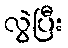
လွဲပြီး